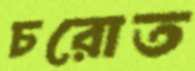
চরোত